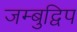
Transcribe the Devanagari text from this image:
जम्‍बुद्विप